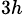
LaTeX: _{3h}